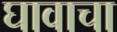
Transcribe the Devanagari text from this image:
घावाचा